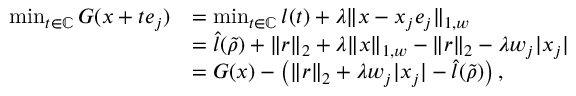
\begin{array} { r l } { \operatorname* { m i n } _ { t \in \mathbb { C } } G ( x + t e _ { j } ) } & { = \operatorname* { m i n } _ { t \in \mathbb { C } } l ( t ) + \lambda \| x - x _ { j } e _ { j } \| _ { 1 , w } } \\ & { = \hat { l } ( \widetilde { \rho } ) + \| r \| _ { 2 } + \lambda \| x \| _ { 1 , w } - \| r \| _ { 2 } - \lambda w _ { j } | x _ { j } | } \\ & { = G ( x ) - \left( \| r \| _ { 2 } + \lambda w _ { j } | x _ { j } | - \hat { l } ( \widetilde { \rho } ) \right) , } \end{array}